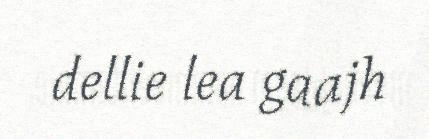
dellie lea gaajh